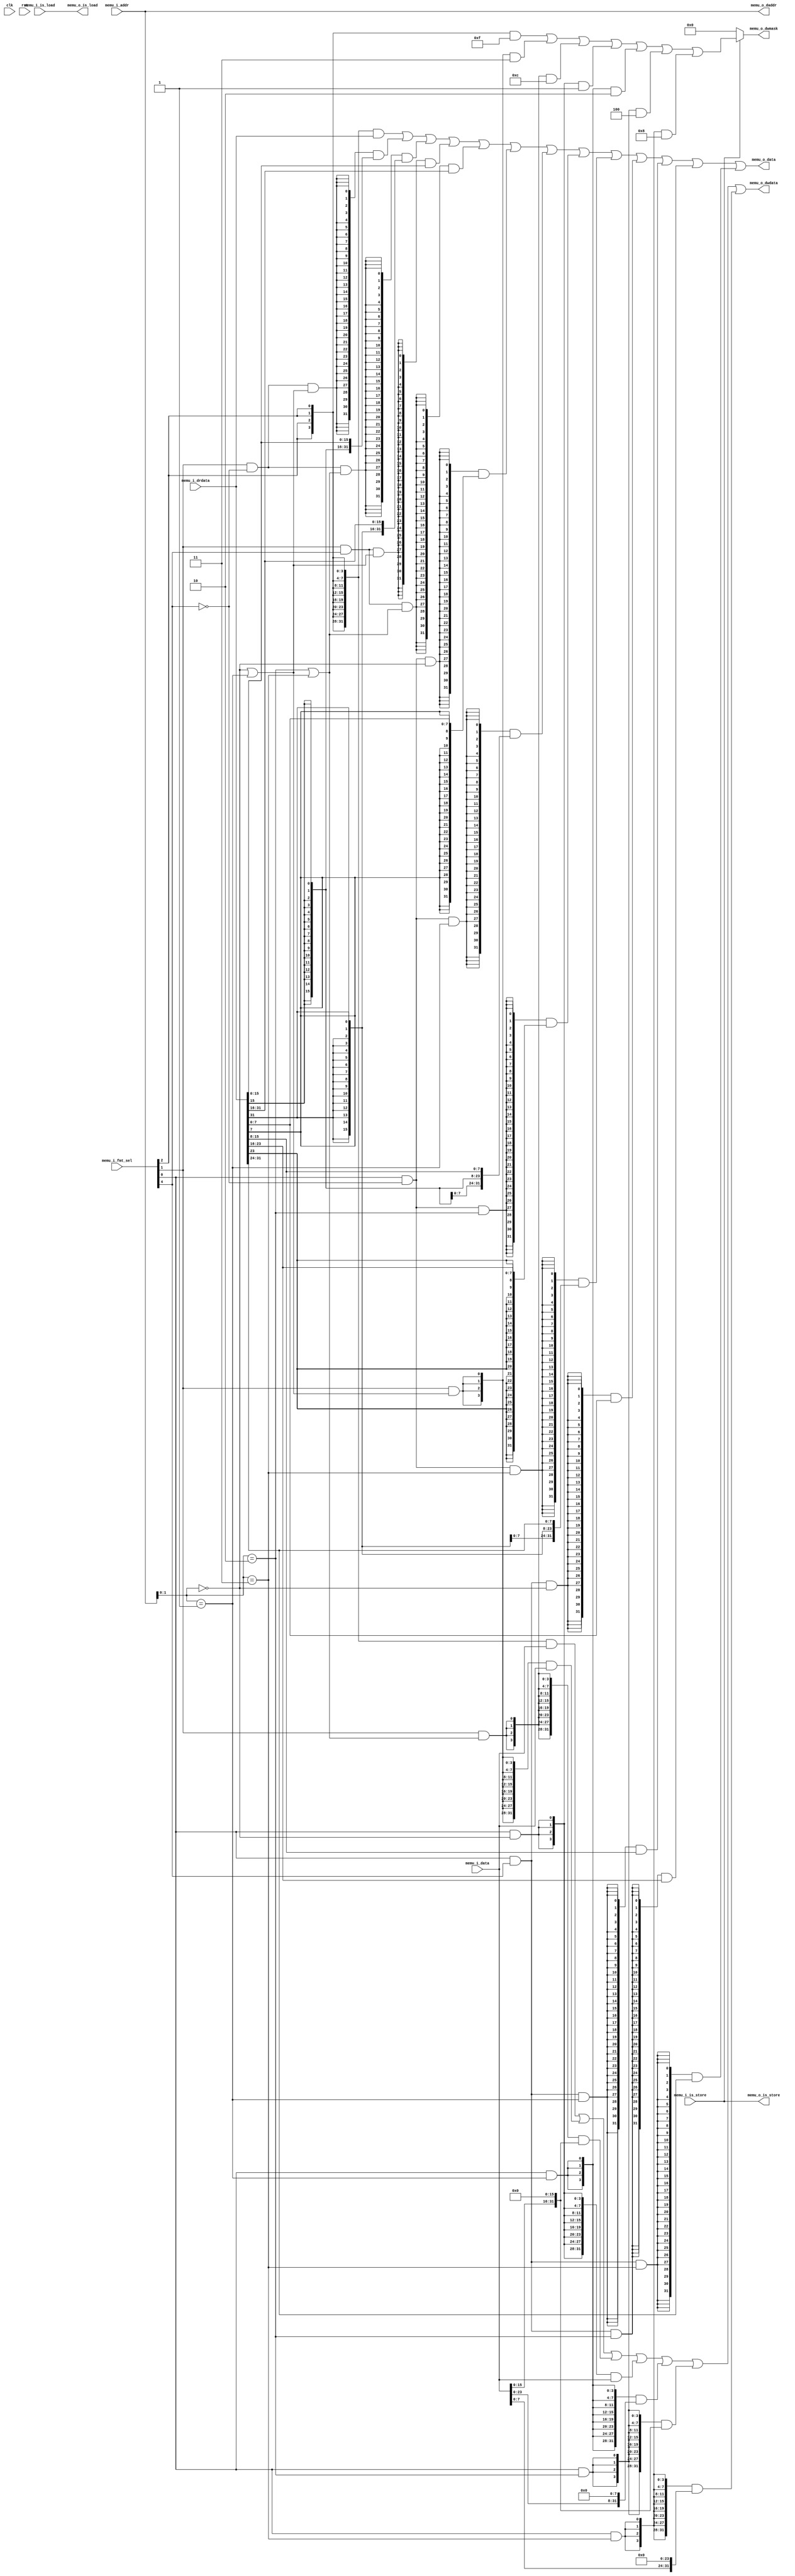

module memu (
  input  clk,
  input  rst,
  input  [31:0] memu_i_addr,
  input  [31:0] memu_i_data,
  input         memu_i_is_load,
  input         memu_i_is_store,
  input  [4:0]  memu_i_fmt_sel,
  output [31:0] memu_o_data,

  output [31:0] memu_o_daddr,
  output        memu_o_is_load,
  output        memu_o_is_store,
  output [3:0]  memu_o_dwmask,
  output [31:0] memu_o_dwdata,
  input  [31:0] memu_i_drdata
);

  assign memu_o_daddr = memu_i_addr;

  assign memu_o_is_load = memu_i_is_load;
  assign memu_o_is_store = memu_i_is_store;

  assign memu_o_dwmask = memu_i_is_store ? (
      ({4{memu_i_fmt_sel[2]}} & 'b1111)
    | ({4{memu_i_fmt_sel[1] & ((memu_i_addr[1:0] == 'b00) | (memu_i_addr[1:0] == 'b01))}} & 'b0011)
    | ({4{memu_i_fmt_sel[1] & ((memu_i_addr[1:0] == 'b10) | (memu_i_addr[1:0] == 'b11))}} & 'b1100)
    | ({4{memu_i_fmt_sel[0] & (memu_i_addr[1:0] == 'b00)}} & 'b0001)
    | ({4{memu_i_fmt_sel[0] & (memu_i_addr[1:0] == 'b01)}} & 'b0010)
    | ({4{memu_i_fmt_sel[0] & (memu_i_addr[1:0] == 'b10)}} & 'b0100)
    | ({4{memu_i_fmt_sel[0] & (memu_i_addr[1:0] == 'b11)}} & 'b1000)
  ) :
  'b0000;

  assign memu_o_dwdata = (
      ({32{memu_i_fmt_sel[2]}} & memu_i_data)
    | ({32{memu_i_fmt_sel[1] & ((memu_i_addr[1:0] == 'b00) | (memu_i_addr[1:0] == 'b01))}} & memu_i_data)
    | ({32{memu_i_fmt_sel[1] & ((memu_i_addr[1:0] == 'b10) | (memu_i_addr[1:0] == 'b11))}} & (memu_i_data << 16))
    | ({32{memu_i_fmt_sel[0] & (memu_i_addr[1:0] == 'b00)}} & memu_i_data)
    | ({32{memu_i_fmt_sel[0] & (memu_i_addr[1:0] == 'b01)}} & (memu_i_data << 8))
    | ({32{memu_i_fmt_sel[0] & (memu_i_addr[1:0] == 'b10)}} & (memu_i_data << 16))
    | ({32{memu_i_fmt_sel[0] & (memu_i_addr[1:0] == 'b11)}} & (memu_i_data << 24))
  );

  assign memu_o_data = (
      ({32{memu_i_fmt_sel[2]}} & memu_i_drdata)
    | ({32{memu_i_fmt_sel[1] & ~memu_i_fmt_sel[4] & ((memu_i_addr[1:0] == 'b00) | (memu_i_addr[1:0] == 'b01))}} & {{16{memu_i_drdata[15]}}, memu_i_drdata[15:0]})
    | ({32{memu_i_fmt_sel[1] & ~memu_i_fmt_sel[4] & ((memu_i_addr[1:0] == 'b10) | (memu_i_addr[1:0] == 'b11))}} & {{16{memu_i_drdata[31]}}, memu_i_drdata[31:16]})
    | ({32{memu_i_fmt_sel[1] &  memu_i_fmt_sel[4] & ((memu_i_addr[1:0] == 'b00) | (memu_i_addr[1:0] == 'b01))}} & {16'b0, memu_i_drdata[15:0]})
    | ({32{memu_i_fmt_sel[1] &  memu_i_fmt_sel[4] & ((memu_i_addr[1:0] == 'b10) | (memu_i_addr[1:0] == 'b11))}} & {16'b0, memu_i_drdata[31:16]})
    | ({32{memu_i_fmt_sel[0] & ~memu_i_fmt_sel[4] & (memu_i_addr[1:0] == 'b00)}} & {{24{memu_i_drdata[7]}}, memu_i_drdata[7:0]})
    | ({32{memu_i_fmt_sel[0] & ~memu_i_fmt_sel[4] & (memu_i_addr[1:0] == 'b01)}} & {{24{memu_i_drdata[15]}}, memu_i_drdata[15:8]})
    | ({32{memu_i_fmt_sel[0] & ~memu_i_fmt_sel[4] & (memu_i_addr[1:0] == 'b10)}} & {{24{memu_i_drdata[23]}}, memu_i_drdata[23:16]})
    | ({32{memu_i_fmt_sel[0] & ~memu_i_fmt_sel[4] & (memu_i_addr[1:0] == 'b11)}} & {{24{memu_i_drdata[31]}}, memu_i_drdata[31:24]})
    | ({32{memu_i_fmt_sel[0] &  memu_i_fmt_sel[4] & (memu_i_addr[1:0] == 'b00)}} & {24'b0, memu_i_drdata[7:0]})
    | ({32{memu_i_fmt_sel[0] &  memu_i_fmt_sel[4] & (memu_i_addr[1:0] == 'b01)}} & {24'b0, memu_i_drdata[15:8]})
    | ({32{memu_i_fmt_sel[0] &  memu_i_fmt_sel[4] & (memu_i_addr[1:0] == 'b10)}} & {24'b0, memu_i_drdata[23:16]})
    | ({32{memu_i_fmt_sel[0] &  memu_i_fmt_sel[4] & (memu_i_addr[1:0] == 'b11)}} & {24'b0, memu_i_drdata[31:24]})
  );

endmodule